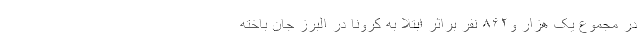
در مجموع یک هزار و۸۶۲ نفر براثر ابتلا به کرونا در البرز جان باخته